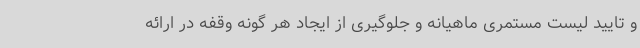
و تایید لیست مستمری ماهیانه و جلوگیری از ایجاد هر گونه وقفه در ارائه